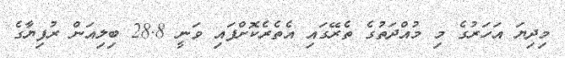
މިދިޔަ އަހަރުގެ މި މުއްދަތުގެ ތެރޭގައި އެތެރެކޮށްފައި ވަނީ 28.8 ބިލިއަން ރުފިޔާގެ